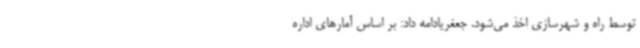
توسط راه و شهرسازی اخذ می‌شود. جعغریادامه داد: بر اساس آمارهای اداره